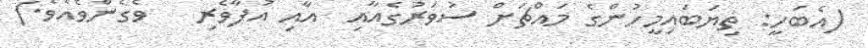
(އެބަހީ: ތިޔަބައިމީހުންގެ މައްޗަށް ސުވަރުގެއާއި  އާއި އުފާވެރި   ވެގެންވެއެވެ.)